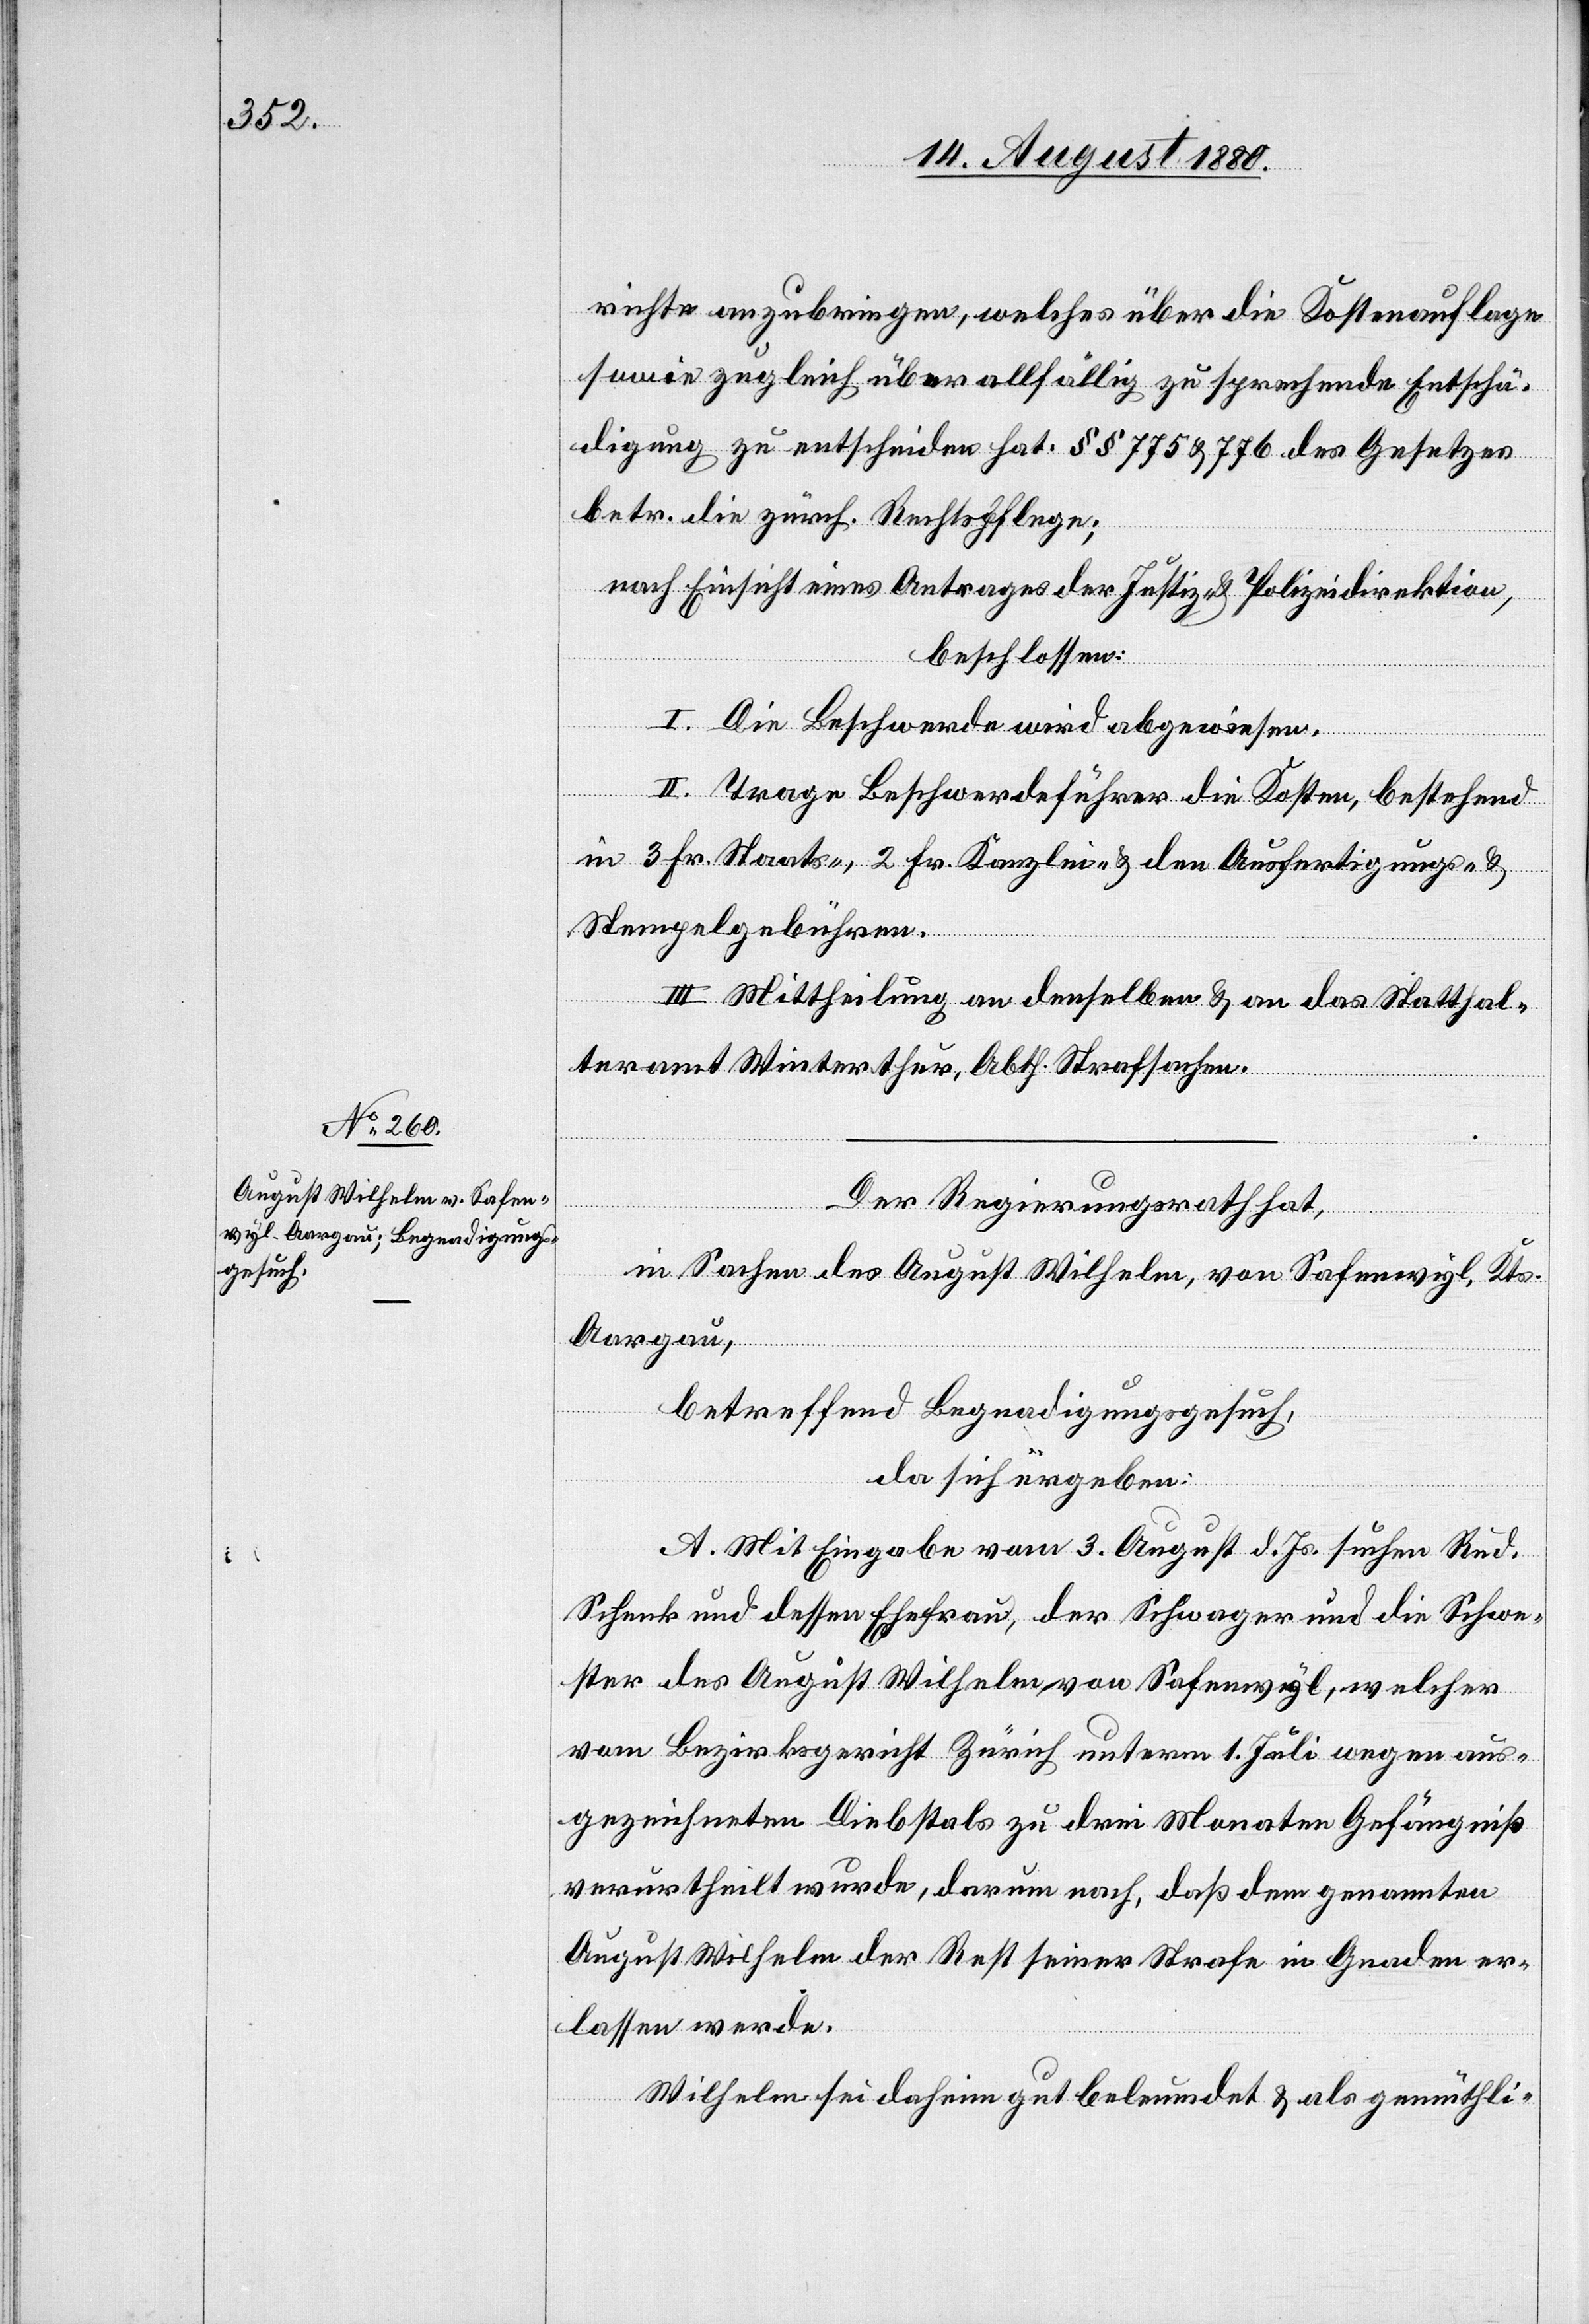
richte anzubringen, welches über die Kostenauflage
sowie zugleich über allfällig zu sprechende Entschä¬
digung zu entscheiden hat. §§ 775 & 776 des Gesetzes
betr. die zürch. Rechtspflege;
nach Einsicht eines Antrages der Justiz- & Polizeidirektion,
beschlossen:
I. Die Beschwerde wird abgewiesen.
II. Trage Beschwerdeführer die Kosten, bestehend
in 3 Fr. Staats-, 2 Fr. Kanzlei- & den Ausfertigungs- &
Stempelgebühren.
III. Mittheilungen an denselben & an das Statthal¬
teramt Winterthur, Abth. Strafsachen.
Der Regierungsrath hat,
in Sachen des August Wilhelm, von Safenwyl, Kt.
Aargau,
betreffend Begnadigungsgesuch,
da sich ergeben:
A. Mit Eingabe vom 3. August d. Js. suchen Rud.
Schenk und dessen Ehefrau, der Schwager und die Schwe¬
ster des August Wilhem, von Safenwyl, welcher
vom Bezirksgericht Zürich unterm 1. Juli wegen aus¬
gezeichneten Diebstals zu drei Monaten Gefängniß
verurtheilt wurde, darum nach, daß dem genannten
August Wilhelm der Rest seiner Strafe in Gnaden er¬
lassen werde.
Wilhelm sei daheim gut beleumdet & als gemüthli